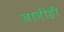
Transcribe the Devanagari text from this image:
बाबीही